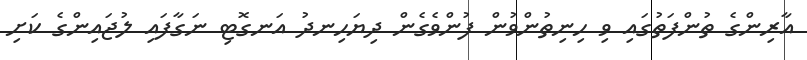
އާރިންގެ ތުންފަތުގައި ވި ހިނިތުންވުން ފުންވެގެން ދިޔަހިނދު އަނގޮޓި ނަގާފައި ލުޖައިންގެ ކަށި